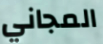
المجاني